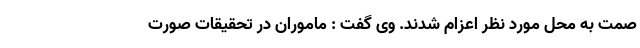
صمت به محل مورد نظر اعزام شدند. وی گفت : ماموران در تحقیقات صورت